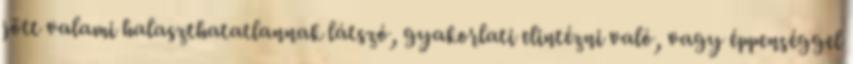
jött valami halaszthatatlannak látszó, gyakorlati elintézni való, vagy éppenséggel